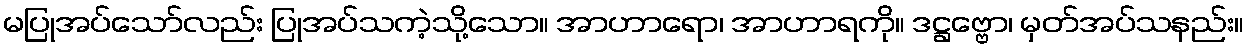
မပြုအပ်သော်လည်း ပြုအပ်သကဲ့သို့သော။ အာဟာရော၊ အာဟာရကို။ ဒဋ္ဌဗ္ဗော၊ မှတ်အပ်သနည်း။